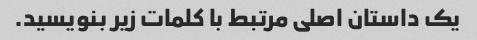
یک داستان اصلی مرتبط با کلمات زیر بنویسید.